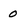
Character: O